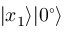
| x _ { 1 } \rangle | 0 ^ { \circ } \rangle